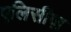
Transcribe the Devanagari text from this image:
एलिसीज़